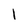
Character: 1